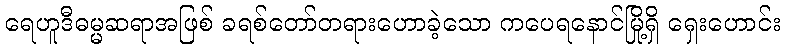
ရေဟူဒီဓမ္မဆရာအဖြစ် ခရစ်တော်တရားဟောခဲ့သော ကပေရနောင်မြို့ရှိ ရှေးဟောင်း